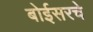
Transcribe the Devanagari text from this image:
बोईसरचे